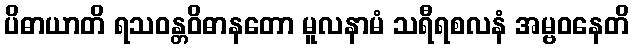
ပိဓာယာတိ ရသဝန္တဝိဓာနတော မူလနာမံ သရီရစလနံ အမ္ဗဝနေတိ